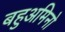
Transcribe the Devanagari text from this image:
बहुअमिनो